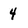
Character: 4